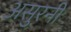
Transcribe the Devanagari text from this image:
असुरनी